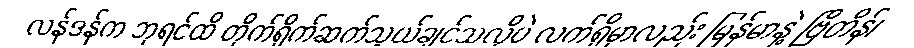
လန်ဒန်က ဘုရင်ထိ တိုက်ရိုက်ဆက်သွယ်ချင်သလိုပဲ လက်ရှိမှာလည်း မြန်မာနဲ့ ဗြိတိန်၊